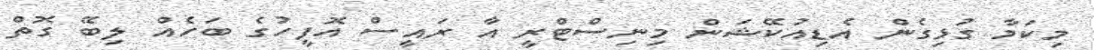
މިކަމާ ގުޅިގެން އެޑިއުކޭޝަން މިނިސްޓްރީ އާ ރައީސް އޮފީހުގެ ބަހެއް ލިބޭ ގޮތް